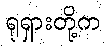
ရုရှားတို့က